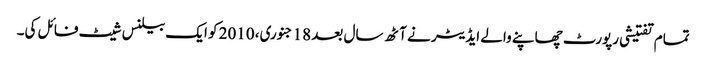
تمام تفتیشی رپورٹ چھاپنے والے ایڈیٹر نے آٹھ سال بعد 18 جنوری، 2010 کو ایک بیلنس شیٹ فائل کی۔